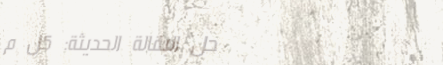
محل البقالة الحديثة: كل م